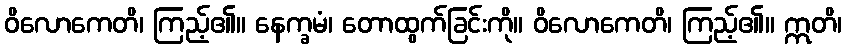
ဝိလောကေတိ၊ ကြည့်၏။ နေက္ခမံ၊ တောထွက်ခြင်းကို။ ဝိလောကေတိ၊ ကြည့်၏။ ဣတိ၊